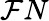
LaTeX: \mathcal{F}N